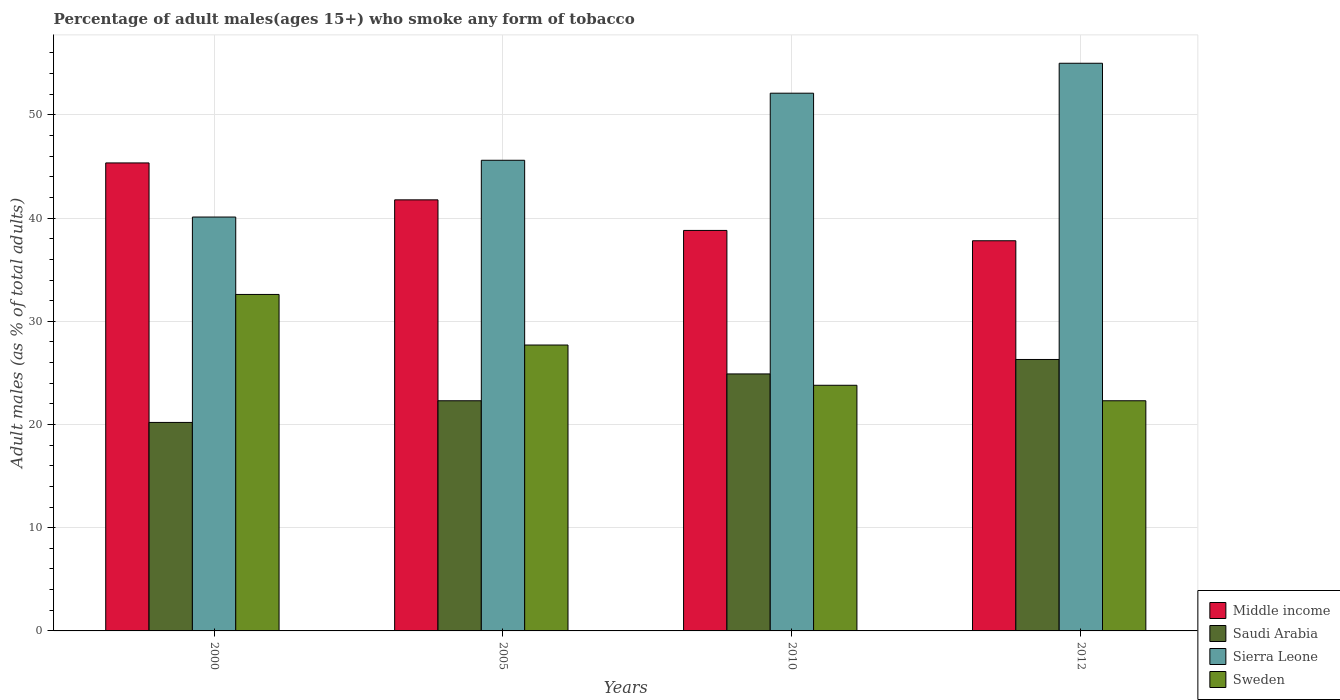
| Years | Middle income | Saudi Arabia | Sierra Leone | Sweden |
 | --- | --- | --- | --- | --- |
 | 2000 | 45.3 | 20.2 | 40.1 | 32.6 |
 | 2005 | 41.8 | 22.3 | 45.6 | 27.7 |
 | 2010 | 38.8 | 24.9 | 52.1 | 23.8 |
 | 2012 | 37.8 | 26.3 | 55 | 22.3 |